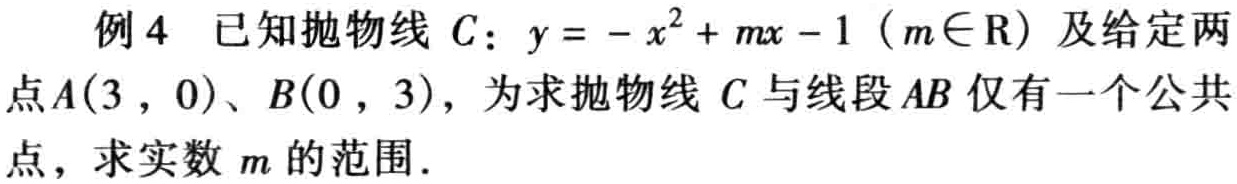
例4 已知抛物线 \(C:y = -x^{2}+mx - 1\ (m\in\mathrm{R})\) 及给定两点 \(A(3,0)\)、\(B(0,3)\)，为求抛物线 \(C\) 与线段 \(AB\) 仅有一个公共点，求实数 \(m\) 的范围.